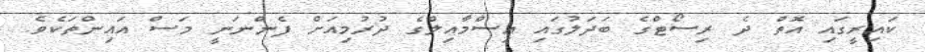
ކައިރީގައި އޮތް ދެ ރިސޯޓްގެ ބަދަލުގައި އިސްމާއިލްގެ ދުރުމިއަށް ފެންނަނީ މަސް އައިންތަކެވެ.